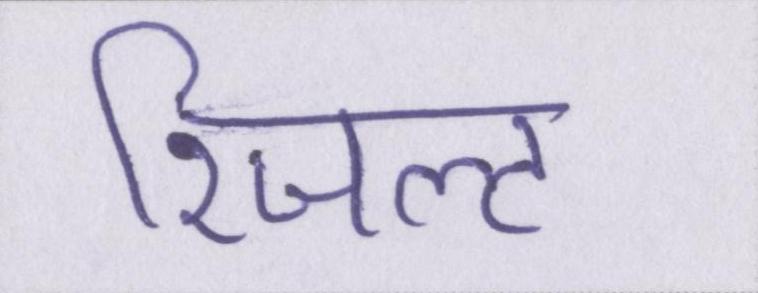
रिजल्ट